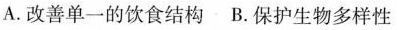
A.改善单一的饮食结构B.保护生物多样性